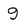
Character: 9